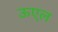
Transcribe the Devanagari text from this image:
ऊएल